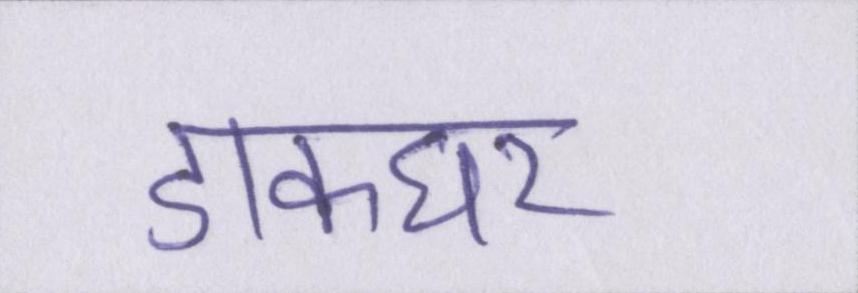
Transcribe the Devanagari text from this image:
डाकघर